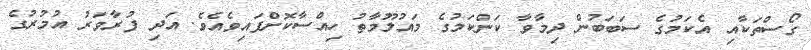
ގޯސްތަކާއި އެކަމުގެ ސަބަބުން ދިމާވާ ކަންކަމުގެ މައުލޫމާތު ހިއްސާކޮށްފައިވެއެވެ. އަދި ފުރާވަރު އުމުރުގެ